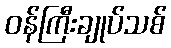
ဝန်ကြီးချုပ်သစ်